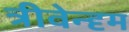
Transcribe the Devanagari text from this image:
त्रीवेन्दृम